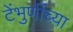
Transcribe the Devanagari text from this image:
टेंभुर्णीच्या